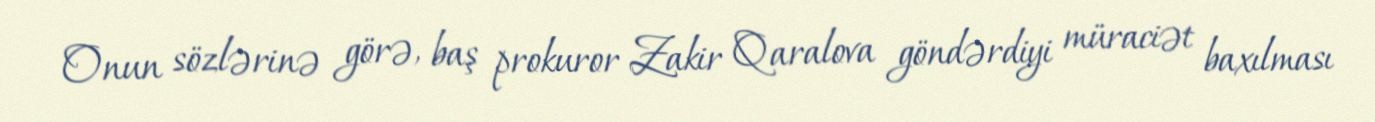
Onun sözlərinə görə, baş prokuror Zakir Qaralova göndərdiyi müraciət baxılması